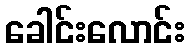
ခေါင်းလောင်း